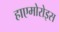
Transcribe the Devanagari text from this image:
हाएमोरोइस